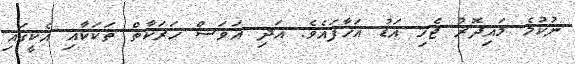
ނުކުމެ މައިދޮރު ޖެހި އަޑު އަހާފައެވެ. އަދި އަވަސް ހަރަކާތް ތަކަކާއި އެކީގައި